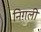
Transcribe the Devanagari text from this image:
निग़ली